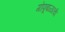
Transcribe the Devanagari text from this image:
गोपूबाळाची